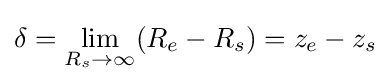
\delta =\lim _{R_{s}\rightarrow \infty }(R_{e}-R_{s})=z_{e}-z_{s}